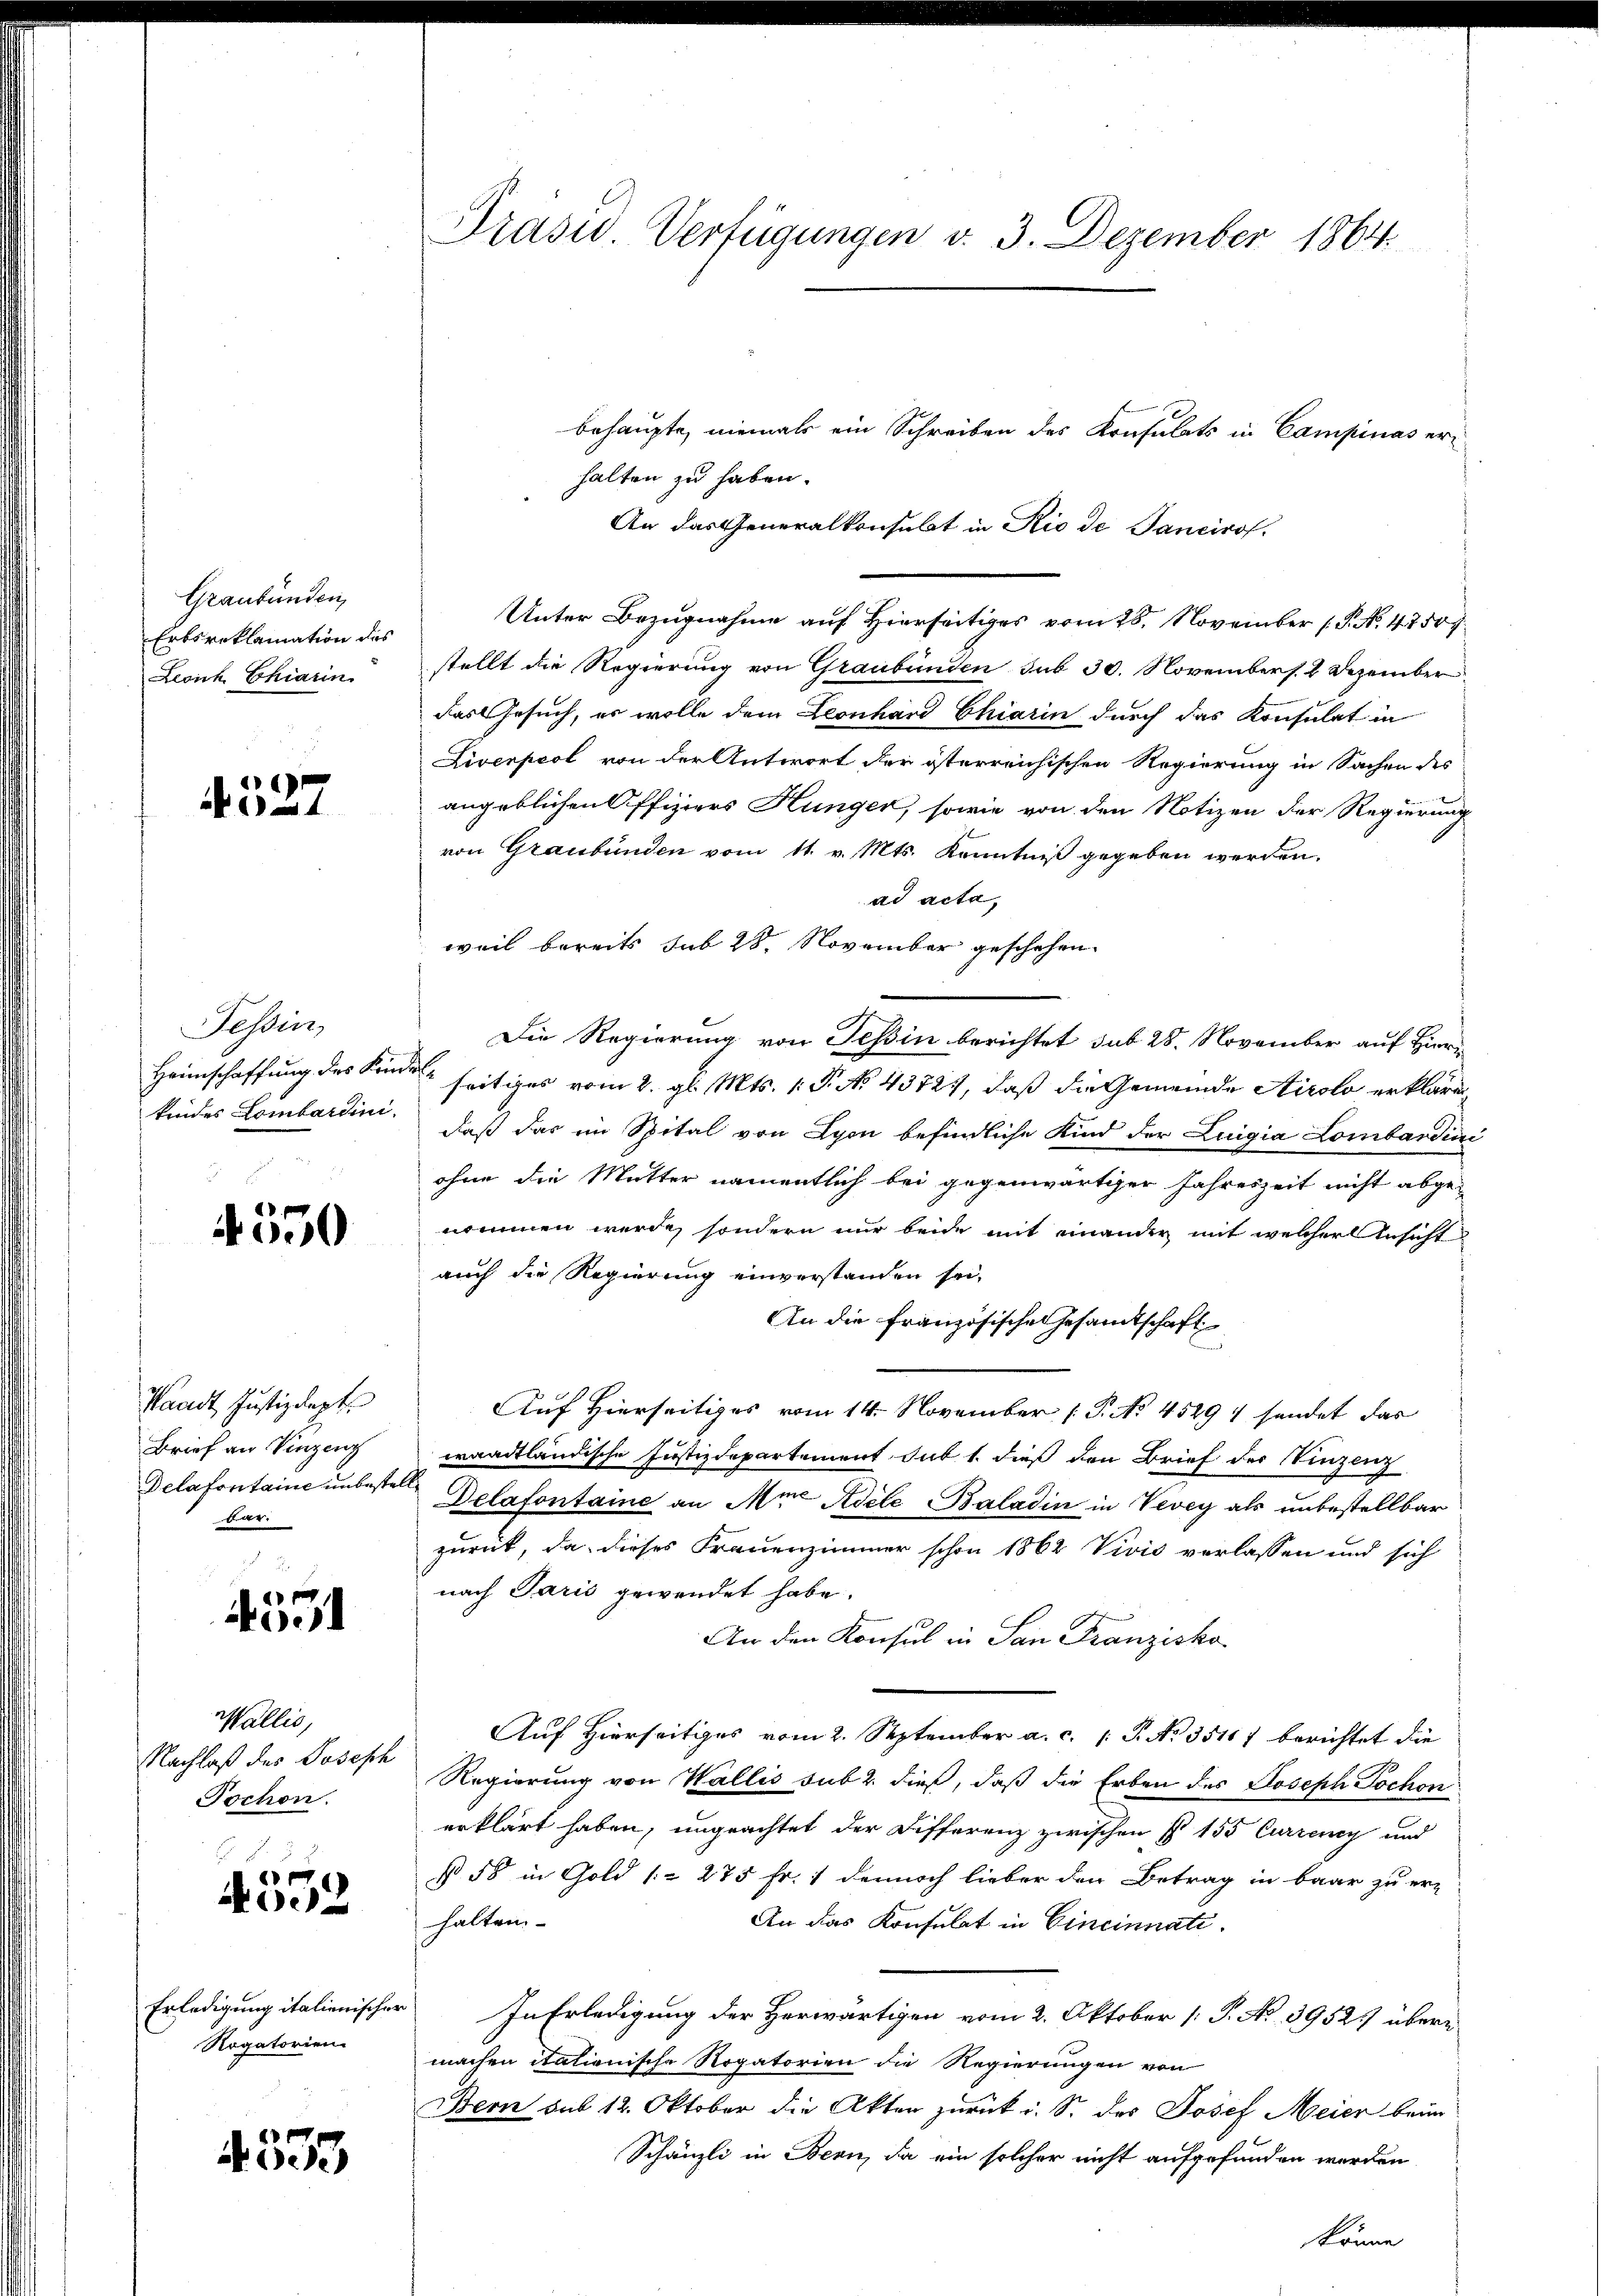
Graubünden,
Erbsreklamation des
Levich Chiarin

527

Tessin,
Heimschaffung des Kindkindes Lombardini

4550

Waadt, Justizdept.
Brief an Vinzeng
Delafontaine unbeste
ar

4551

Wallis,
Nachlaß des Joseph
Pochen.

2
6
400

Erledigung italienischer
Rogatorien

4535

Präsid. Verfügungen v. 3. Dezember 1864.

behaupte, niemals ein Schreiben des Konsulats in Campinas erhalten zu haben.
An das Generalkonsulat in Rio de Tancirof.
Unter Bezugnahme auf Hierseitiges vom 28. November (T. N. 47507.
stellt die Regierung von Graubünden sub 30. Novembers. 2 Dezember
das Gesuch, es wolle dem Leonhard Chiarin durch das Konsulat in
Liverpeol von der Antwort der österreichischen Regierung in Sachen des
angeblichen Offiziers Hunger, sowie von den Notizen der Regierung
von Graubünden vom 11. v. Mts. Kenntniß gegeben werden.
ad acta,
weil bereits sub 28. November geschehen.
Die Regierung von Tessin berichtet sub 28. November auf Hier¬
 seitiges vom 2. gl. Mts. 1. P. No. 43727, daß die Gemeinde Airolo erkläre
daß das im Spital von Lyon befindliche Kind der Luigia Lombardini
ohne die Mutter namentlich bei gegenwärtiger Jahreszeit nicht abge-
nommen werde, sondern nur beide mit einander mit welcher Ansicht
auch die Regierung einverstanden sei.
An die Französische Gesamtschaft
Auf Hierseitiges vom 14. November P. No. 45297 sendet das
waadtländische Justizdepartement sub 1. dieß den Brief der Vinzenz
Delafontaine an Mir Adele Baladin in Vevey als unbestellbar
zurück, da dieses Frauenzimmer schon 1862 Vivić verlassen und sich
nach Paris gewendet habe.
An den Konsul in San Franzisko
Auf Hierseitiges vom 2. September a. c. 1 S. No. 35167 berichtet die
Regierung von Wallis sub 2. dieß, daß die Erben des Joseph Jochon
erklärt haben, ungeachtet der Differenz zwischen § 155 Currency und
§ 58 in Gold (= 275 Fr. 1 dennoch lieber den Betrag in baar zu er-
halten.
An das Konsulat in Eineinnati
In Erledigung der Herwärtigen vom 2. Oktober [ P. No 3952. übermachen itationische Rogatorien die Regierungen von
Bern sub 12. Oktober die Akten zurück u. S. des Josef Meier beim
Schänzli in Bern, da ein solcher nicht aufgefunden werden
könne